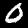
Digit: 0